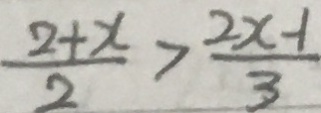
\frac { 2 + x } { 2 } > \frac { 2 x - 1 } { 3 }